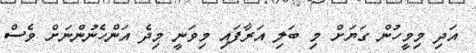
އަދި މިމީހުން ގަޔަށް މި ބަލި އަރާފައި މިވަނީ މިދެ އަންހެނުންނަށް ވެސް